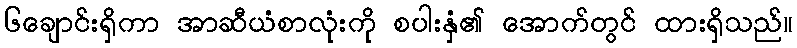
၆ချောင်းရှိကာ အာဆီယံစာလုံးကို စပါးနှံ၏ အောက်တွင် ထားရှိသည်။